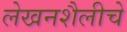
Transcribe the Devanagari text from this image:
लेखनशैलीचे